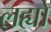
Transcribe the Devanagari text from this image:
लह्यो